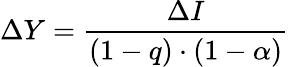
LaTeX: \Delta Y={\frac{\Delta I}{(1-q)\cdot(1-\alpha)}}\,